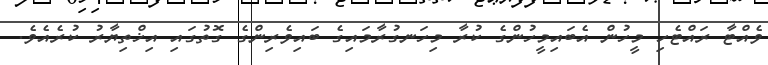
ވެއްޓާ ރައްޓެހި މީހުން އެބައިމީހުންގެ ކުރާ މިހަނގުރާމައިގެ ބައިވެރިންގެ ގޮތުގައި އިޚްތިޔާރު ކުރެއެވެ.